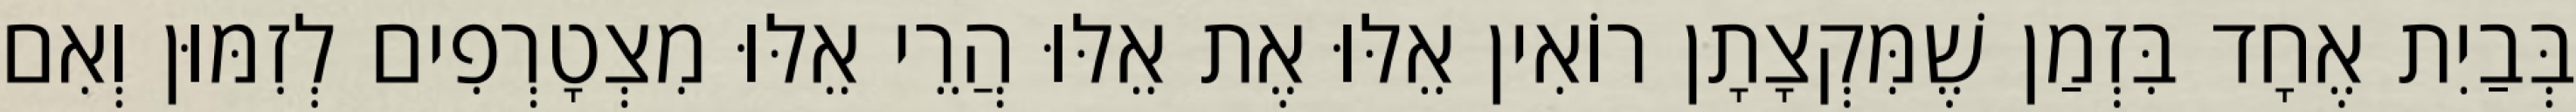
בְּבַיִת אֶחָד בִּזְמַן שֶׁמִּקְצָתָן רוֹאִין אֵלּוּ אֶת אֵלּוּ הֲרֵי אֵלּוּ מִצְטָרְפִים לְזִמּוּן וְאִם